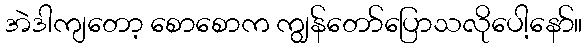
အဲဒါကျတော့ စောစောက ကျွန်တော်ပြောသလိုပေါ့နော်။